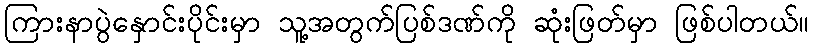
ကြားနာပွဲနှောင်းပိုင်းမှာ သူ့အတွက်ပြစ်ဒဏ်ကို ဆုံးဖြတ်မှာ ဖြစ်ပါတယ်။